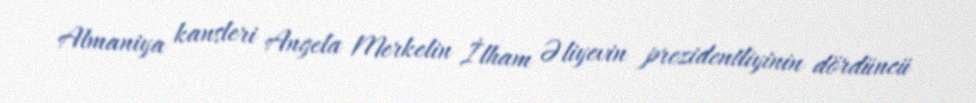
Almaniya kansleri Angela Merkelin İlham Əliyevin prezidentliyinin dördüncü